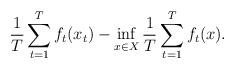
LaTeX: \begin{align*}\frac{1}{T} \sum_{t=1}^{T} f_t(x_t) - \inf_{x\in X} \frac{1}{T} \sum_{t=1}^{T} f_t(x).\end{align*}